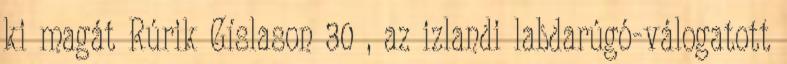
ki magát Rúrik Gíslason 30 , az izlandi labdarúgó-válogatott